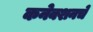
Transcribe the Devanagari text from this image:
कनेक्शनचे